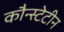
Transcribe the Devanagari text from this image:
कौन्स्टेटीन